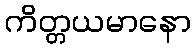
ကိတ္တယမာနော